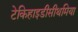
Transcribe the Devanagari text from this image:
टेकिहाइडीसीथमिया